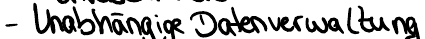
- Unabhängige Datenverwaltung